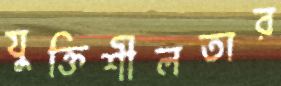
যুক্তিশীলতার